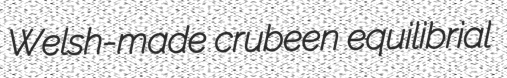
Welsh-made crubeen equilibrial